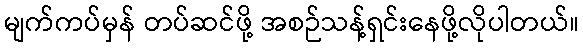
မျက်ကပ်မှန် တပ်ဆင်ဖို့ အစဉ်သန့်ရှင်းနေဖို့လိုပါတယ်။